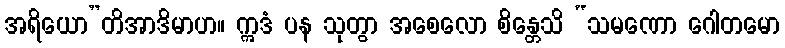
အရိယော”တိအာဒိမာဟ။ ဣဒံ ပန သုတွာ အစေလော စိန္တေသိ “သမဏော ဂေါတမော